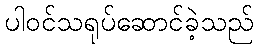
ပါဝင်သရုပ်ဆောင်ခဲ့သည်